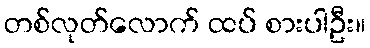
တစ်လုတ်လောက် ထပ် စားပါဦး။